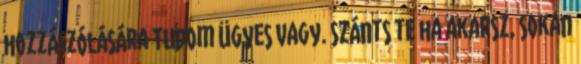
hozzászólására Tudom ügyes vagy. Szánts te ha akarsz, sokan